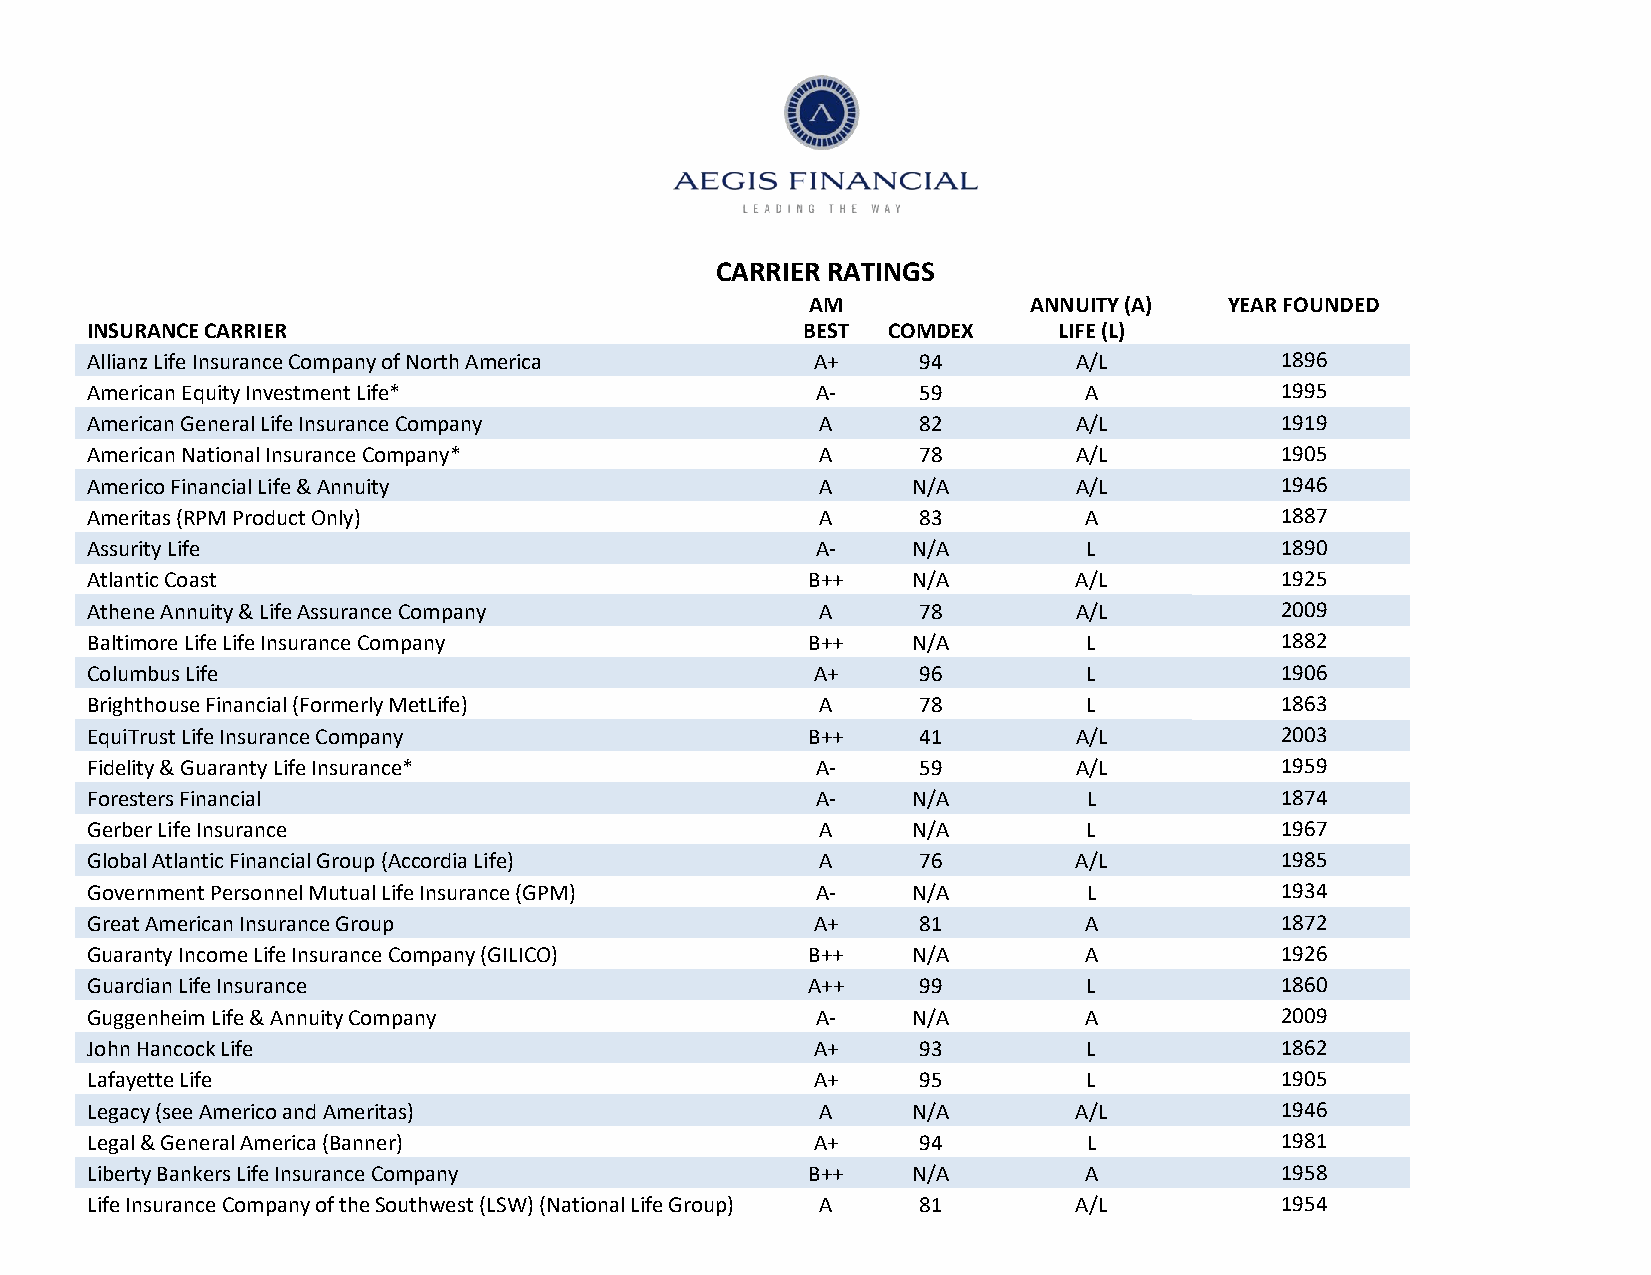
CARRIER RATINGS
 AM            ANNUITY (A)  YEAR FOUNDED
 INSURANCE CARRIER                              BEST  COMDEX     LIFE (L)
 Allianz Life Insurance Company of North America A+     94        A/L           1896
 American Equity Investment Life*                A-     59         A            1995
 American General Life Insurance Company         A      82        A/L           1919
 American National Insurance Company*            A      78        A/L           1905
 Americo Financial Life & Annuity                A     N/A        A/L           1946
 Ameritas (RPM Product Only)                     A      83         A            1887
 Assurity Life                                   A-    N/A         L            1890
 Atlantic Coast                                 B++    N/A        A/L           1925
 Athene Annuity & Life Assurance Company         A      78        A/L           2009
 Baltimore Life Life Insurance Company          B++    N/A         L            1882
 Columbus Life                                   A+     96         L            1906
 Brighthouse Financial (Formerly MetLife)        A      78         L            1863
 EquiTrust Life Insurance Company               B++     41        A/L           2003
 Fidelity & Guaranty Life Insurance*             A-     59        A/L           1959
 Foresters Financial                             A-    N/A         L            1874
 Gerber Life Insurance                           A     N/A         L            1967
 Global Atlantic Financial Group (Accordia Life) A      76        A/L           1985
 Government Personnel Mutual Life Insurance (GPM) A-   N/A         L            1934
 Great American Insurance Group                  A+     81         A            1872
 Guaranty Income Life Insurance Company (GILICO) B++   N/A         A            1926
 Guardian Life Insurance                        A++     99         L            1860
 Guggenheim Life & Annuity Company               A-    N/A         A            2009
 John Hancock Life                               A+     93         L            1862
 Lafayette Life                                  A+     95         L            1905
 Legacy (see Americo and Ameritas)               A     N/A        A/L           1946
 Legal & General America (Banner)                A+     94         L            1981
 Liberty Bankers Life Insurance Company         B++    N/A         A            1958
 Life Insurance Company of the Southwest (LSW) (National Life Group) A 81 A/L   1954